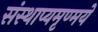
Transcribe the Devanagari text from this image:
संस्थाप्यमृण्मये